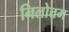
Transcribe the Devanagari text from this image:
निलोत्तम